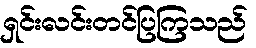
ရှင်းလင်းတင်ပြကြသည်